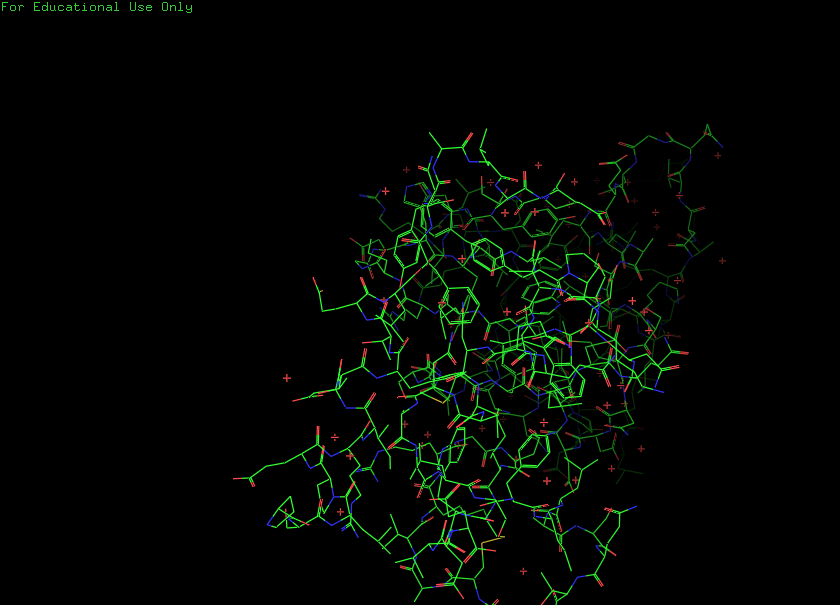
pymol, preset, default